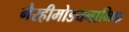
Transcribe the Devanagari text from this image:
गैरहीमोडयनामिक